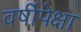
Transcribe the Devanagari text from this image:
वर्षीपेक्षा